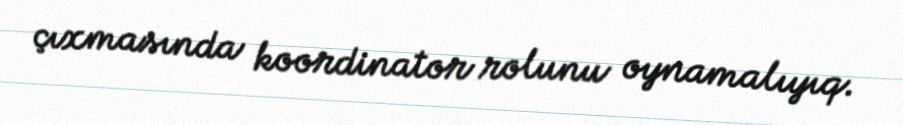
çıxmasında koordinator rolunu oynamalıyıq.